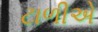
ટાળીએ